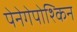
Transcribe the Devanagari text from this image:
पेनेगेपोश्किन